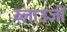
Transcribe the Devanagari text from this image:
ब्लाउजों